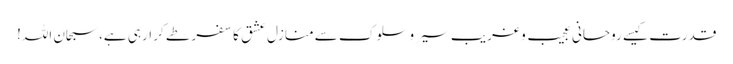
قدرت کیسے روحانی عجیب و غریب سیر وسلوک سے منازل عشق کا سفر طے کر ارہی ہے، سبحان اللہ!